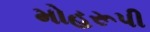
મોહરૂપી